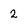
Character: 2